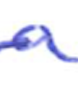
Text: a
Cross-out: single-line
Writing tool: ballpoint